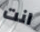
انت